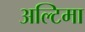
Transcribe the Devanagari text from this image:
अल्टिमा